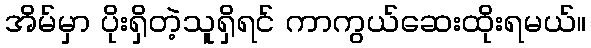
အိမ်မှာ ပိုးရှိတဲ့သူရှိရင် ကာကွယ်ဆေးထိုးရမယ်။